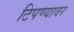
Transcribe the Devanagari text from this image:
टिपण्यावर